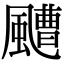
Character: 𩘳